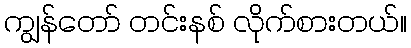
ကျွန်တော် တင်းနစ် လိုက်စားတယ်။